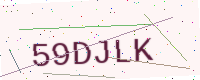
Text: 59DJLK